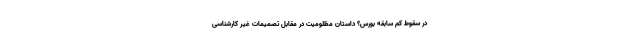
در سقوط کم سابقه بورس؟ داستان مظلومیت در مقابل تصمیمات غیر کارشناسی